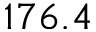
1 7 6 . 4